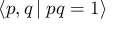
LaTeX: \langle p , q \, \vert \; p q = 1 \rangle